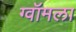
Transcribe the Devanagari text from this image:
ग्वॉमला